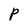
Character: P